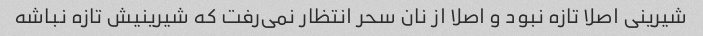
شیرینی اصلا تازه نبود و اصلا از نان سحر انتظار نمی‌رفت که شیرینیش تازه نباشه